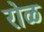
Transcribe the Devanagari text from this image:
रोळ